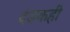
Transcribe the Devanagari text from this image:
दंडकही